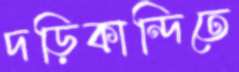
দড়িকান্দিতে